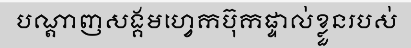
បណ្តាញសង្គមហ្វេកប៊ុកផ្ទាល់ខ្លួនរបស់